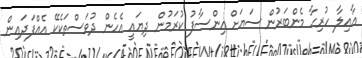
އާއިލާ ހުރިހާ މެންބަރުން ސަޔަށް އިންސާފު ކުރަމުން ދިޔައީ އެހެން ދުވަސްތަކެކޭ އެއްފަދައިން